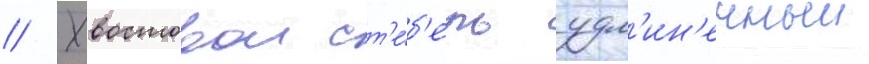
// Хвостовои ст'е́б'ель удл'ин'енныи